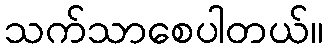
သက်သာစေပါတယ်။